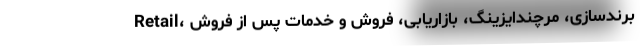
Retail، برندسازی، مرچندایزینگ، بازاریابی، فروش و خدمات پس از فروش